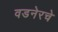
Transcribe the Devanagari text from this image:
वडनेरचे